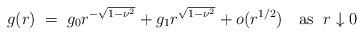
LaTeX: \begin{align*} g(r)\;&=\; g_0 r^{-\sqrt{1-\nu^2}} + g_1 r^{\sqrt{1-\nu^2}} + o(r^{1/2})\quad\textrm{as }\;r\downarrow 0 \end{align*}